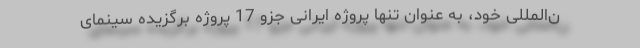
ن‌المللی خود، به عنوان تنها پروژه ایرانی جزو 17 پروژه برگزیده سینمای